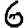
Digit: 6